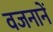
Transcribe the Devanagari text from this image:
वजनानें